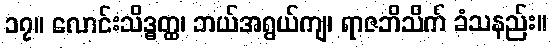
၁၇။ လောင်းသိဒ္ဓတ္ထ၊ ဘယ်အရွယ်ကျ၊ ရာဇဘိသိက် ခံသနည်း။